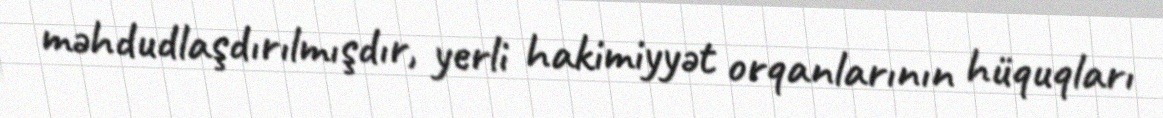
məhdudlaşdırılmışdır, yerli hakimiyyət orqanlarının hüquqları